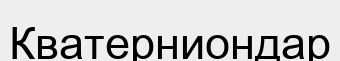
Кватерниондар